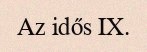
Az idős IX.